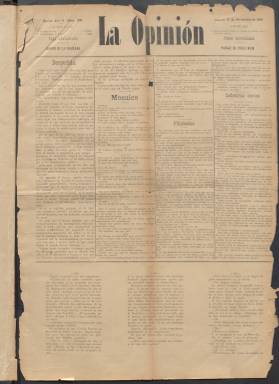
Título: La Opinión (Manila)
Colección: Periódicos
Ámbito geográfico: Filipinas
Lugar de publicación: Manila
Fechas: 10/11/1888-31/08/1890

Debido a su mal estado de conservación no ha sido posible digitalizar por el momento el volumen del segundo semestre de 1889.